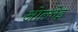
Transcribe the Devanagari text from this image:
ओल्लेइ